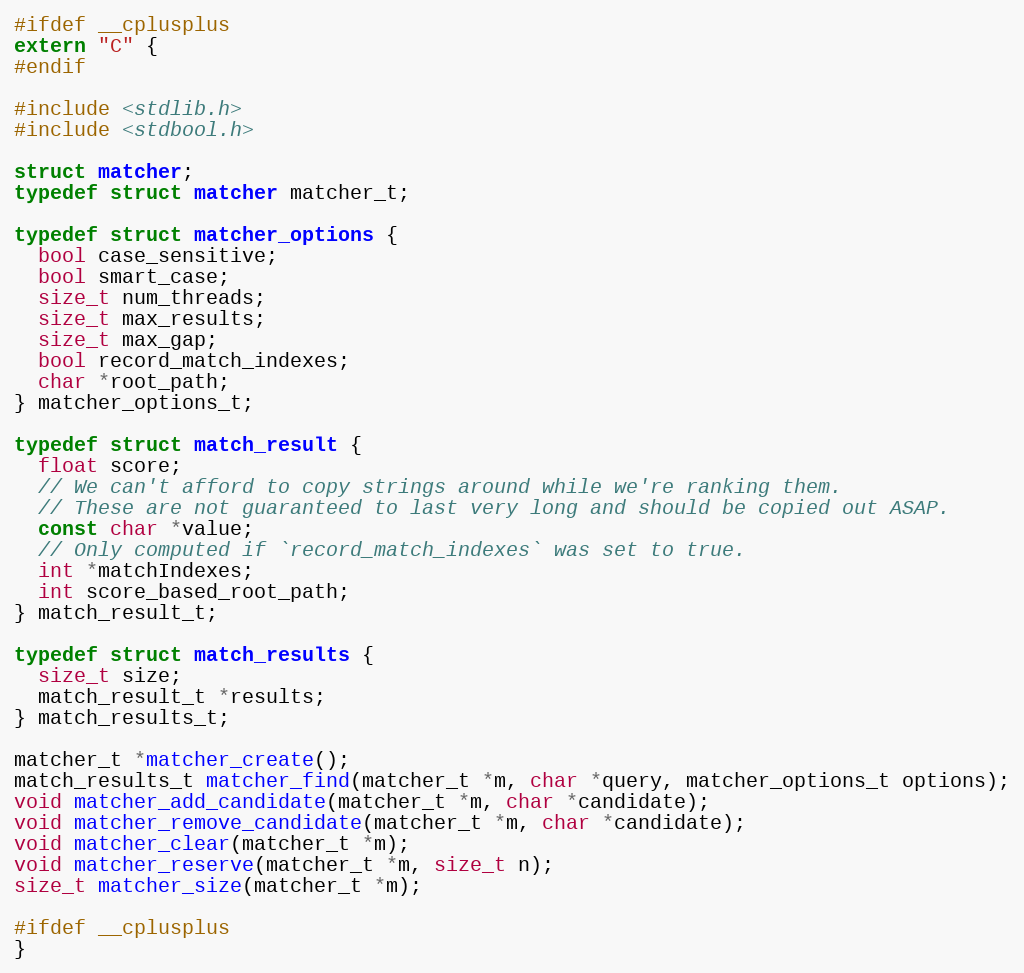
Language: C
#ifdef __cplusplus
extern "C" {
#endif

#include <stdlib.h>
#include <stdbool.h>

struct matcher;
typedef struct matcher matcher_t;

typedef struct matcher_options {
  bool case_sensitive;
  bool smart_case;
  size_t num_threads;
  size_t max_results;
  size_t max_gap;
  bool record_match_indexes;
  char *root_path;
} matcher_options_t;

typedef struct match_result {
  float score;
  // We can't afford to copy strings around while we're ranking them.
  // These are not guaranteed to last very long and should be copied out ASAP.
  const char *value;
  // Only computed if `record_match_indexes` was set to true.
  int *matchIndexes;
  int score_based_root_path;
} match_result_t;

typedef struct match_results {
  size_t size;
  match_result_t *results;
} match_results_t;

matcher_t *matcher_create();
match_results_t matcher_find(matcher_t *m, char *query, matcher_options_t options);
void matcher_add_candidate(matcher_t *m, char *candidate);
void matcher_remove_candidate(matcher_t *m, char *candidate);
void matcher_clear(matcher_t *m);
void matcher_reserve(matcher_t *m, size_t n);
size_t matcher_size(matcher_t *m);

#ifdef __cplusplus
}